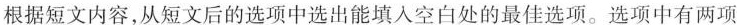
根据短文内容,从短文后的选项中选出能填入空白处的最佳选项.选项中有两项